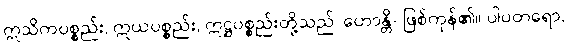
ဣသိကပစ္စည်း, ဣယပစ္စည်း, ဣဋ္ဌပစ္စည်းတို့သည်၊ ဟောန္တိ- ဖြစ်ကုန်၏။ ပါပတရော,